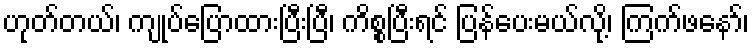
ဟုတ်တယ်၊ ကျုပ်ပြောထားပြီးပြီ၊ ကိစ္စပြီးရင် ပြန်ပေးမယ်လို့၊ ကြက်ဖနော်၊